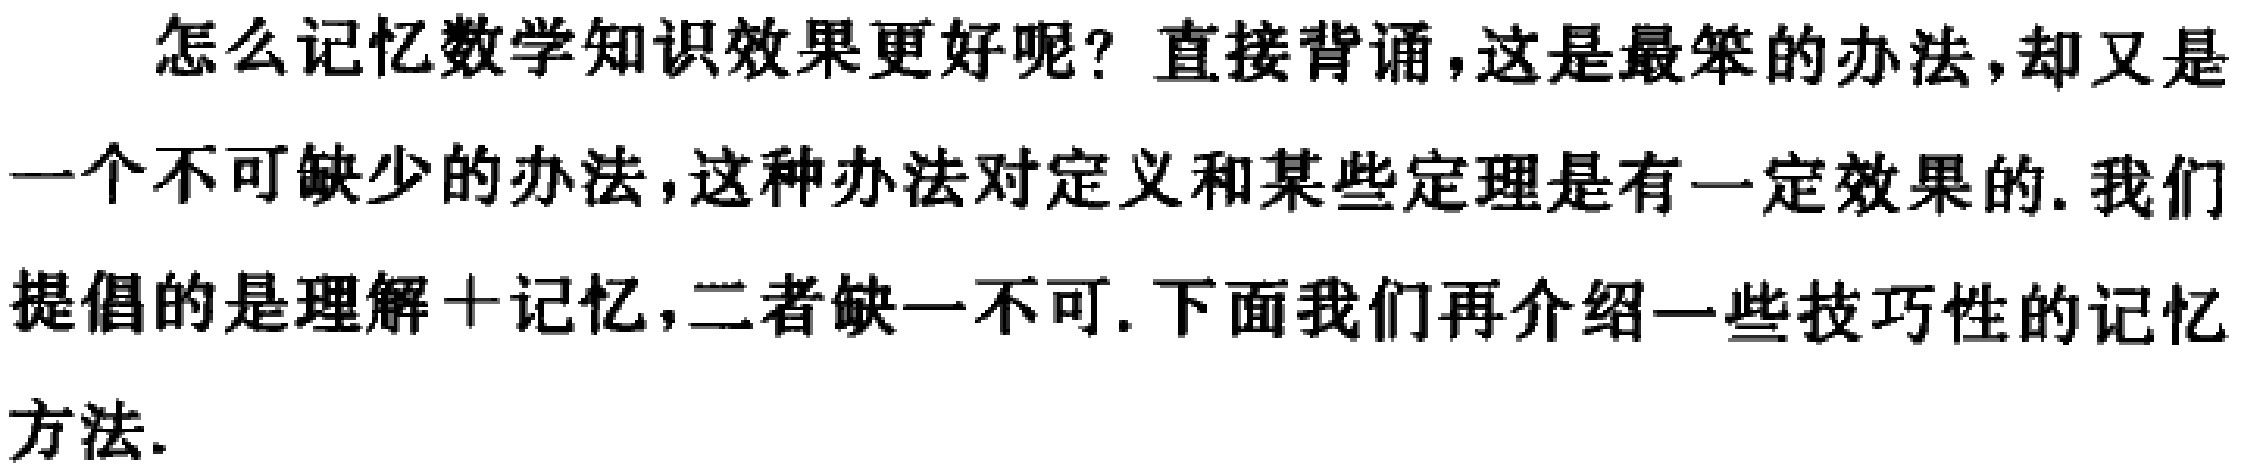
怎么记忆数学知识效果更好呢？直接背诵，这是最笨的办法，却又是一个不可缺少的办法，这种办法对定义和某些定理是有一定效果的. 我们提倡的是理解+记忆，二者缺一不可. 下面我们再介绍一些技巧性的记忆方法.